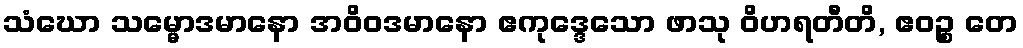
သံဃော သမ္မောဒမာနော အဝိဝဒမာနော ဧကုဒ္ဒေသော ဖာသု ဝိဟရတီတိ, ဧဝဉ္စ တေ